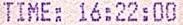
TIME: 16:22:00